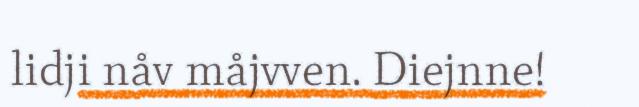
lidji nåv måjvven. Diejnne!